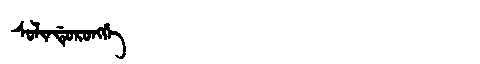
Manchu: ᠰᠣᠯᡳᠨᡩᡠᡵᠣᠩᡤᡝ
Romanization: SOLINDURONGGE